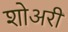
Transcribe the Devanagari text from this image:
शोअरी